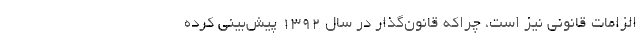
الزامات قانونی نیز است، چراکه قانون‌گذار در سال ۱۳۹۲ پیش‌بینی کرده